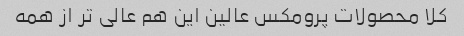
کلا محصولات پرومکس عالین این هم عالی تر از همه